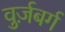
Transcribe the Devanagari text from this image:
वुर्ज़बर्ग